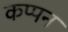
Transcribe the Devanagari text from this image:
कप्पन